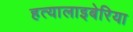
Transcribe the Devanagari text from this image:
हत्यालाइबेरिया